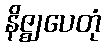
နိဇ္ဈပေတုံ